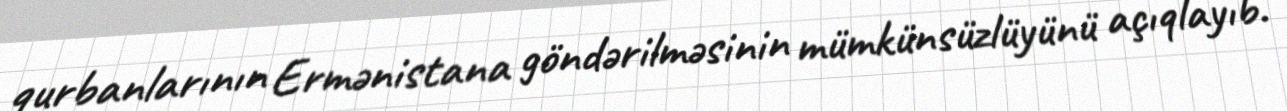
qurbanlarının Ermənistana göndərilməsinin mümkünsüzlüyünü açıqlayıb.